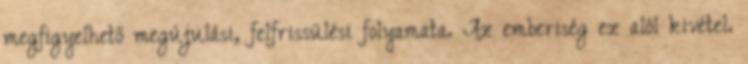
megfigyelhető megújulási, felfrissülési folyamata. Az emberiség ez alól kivétel.